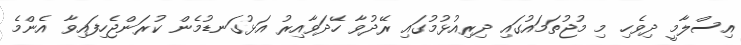
އިސްލާމީ ދިވެހި މި މުޖުތަމައުގައި ދިރިއުޅުމުގައި ރޭދުވާ ހޭދަވާއިރު އަޅުގަނޑުމެން ކުރަންޖެހިފައިވާ އެންމެ